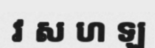
វ ស ហ ឡ